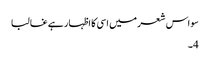
سو اس شعر میں اسی کا اظہار ہے غالبا
4۔